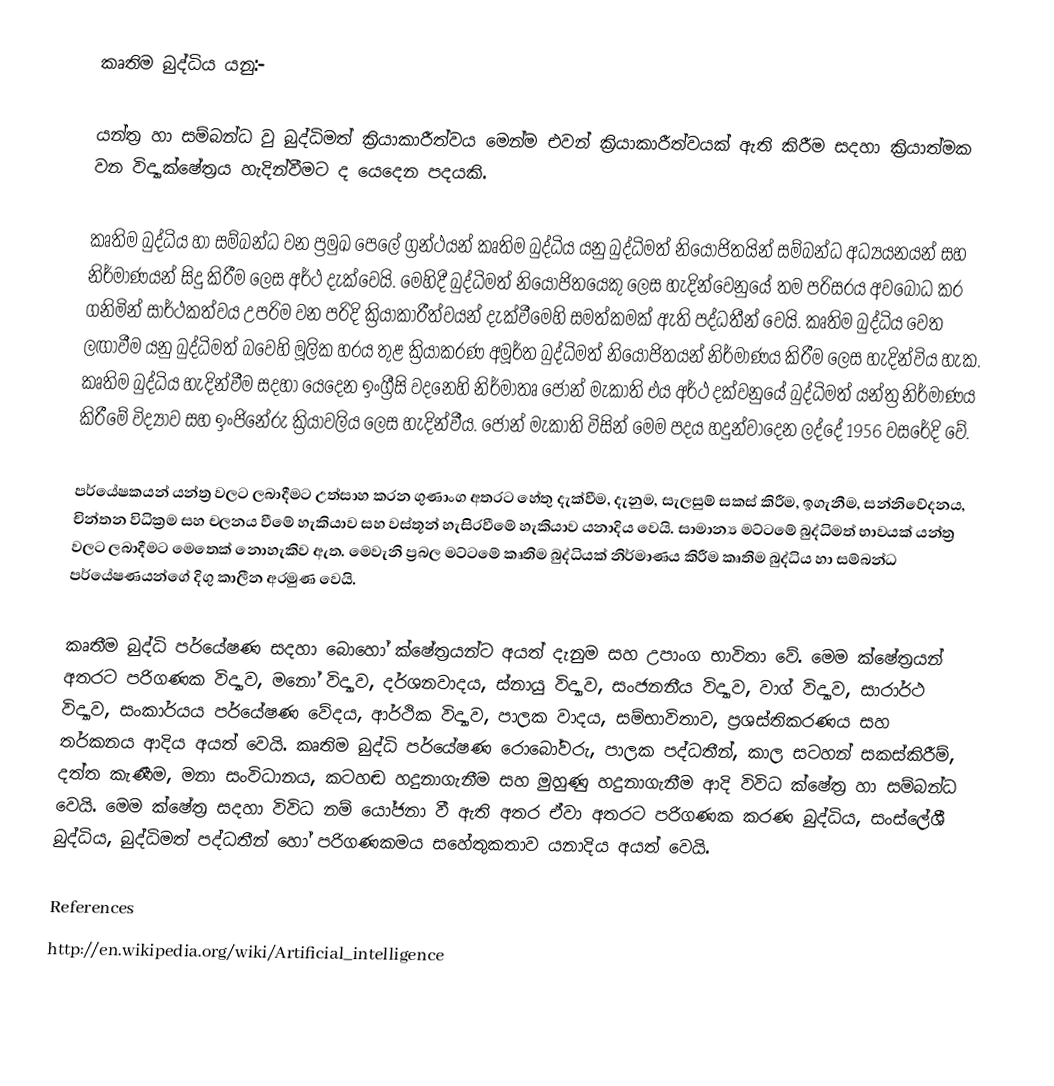
කෘතිම බුද්ධිය යනු:-

යන්ත්‍ර හා සම්බන්ධ වු බුද්ධිමත් ක්‍රියාකාරීත්වය මෙන්ම එවන් ක්‍රියාකාරීත්වයක් ඇති කිරීම සදහා ක්‍රියාත්මක වන විද්‍යා‍ක්ෂේත්‍රය හැදින්වීමට ද යෙදෙන පදයකි.

කෘතිම බුද්ධිය හා සම්බන්ධ වන ප්‍රමුඛ පෙලේ ග්‍රන්ථයන් කෘතිම බුද්ධිය යනු  බුද්ධිමත් නියෝජිතයින් සම්බන්ධ අධ්‍යයනයන්  සහ නිර්මාණයන් සිදු කිරීම ලෙස අර්ථ දැක්වෙයි. මෙහිදී බුද්ධිමත් නියෝජිතයෙකු ලෙස හැදින්වෙනුයේ තම පරිසරය අවබෝධ කර ගනිමින් සාර්ථකත්වය උපරිම වන පරිදි ක්‍රියාකාරීත්වයන් දැක්වීමෙහි සමත්කමක් ඇති පද්ධතීන් වෙයි. කෘතිම බුද්ධිය වෙත ලඟාවීම යනු බුද්ධිමත් බවෙහි මූලික හරය තුළ ක්‍රියාකරණ අමූර්ත බුද්ධිමත් නියෝජිතයන් නිර්මාණය කිරීම ලෙස හැදින්විය හැක. කෘතිම බුද්ධිය හැදින්වීම සදහා යෙදෙන ඉංග්‍රීසි වදනෙහි නිර්මාතෘ ජෝන් මැකාති එය අර්ථ දක්වනුයේ බුද්ධිමත් යන්ත්‍ර නිර්මාණය කිරීමේ විද්‍යාව සහ ඉංජිනේරු ක්‍රියාවලිය ලෙස හැදින්වීය. ජෝන් මැකාති විසින් මෙම පදය හදුන්වාදෙන ලද්දේ 1956 වසරේදි වේ.

පර්යේෂකයන් යන්ත්‍ර වලට ලබාදීමට උත්සාහ කරන ගුණාංග අතරට හේතු දැක්වීම, දැනුම, සැලසුම් සකස් කිරීම, ඉගැනීම, සන්නිවේදනය, චින්තන විධික්‍රම සහ චලනය වීමේ හැකියාව සහ වස්තූන් හැසිරවීමේ හැකියාව යනාදිය වෙයි. සාමාන්‍ය මට්ටමේ බුද්ධිමත් භාවයක් යන්ත්‍ර වලට ලබාදීමට මෙතෙක් නොහැකිව ඇත. මෙවැනි ප්‍රබල මට්ටමේ කෘතිම බුද්ධියක් නිර්මාණය කිරීම කෘතිම බුද්ධිය හා සම්බන්ධ පර්යේෂණයන්ගේ දිගු කාලීන අරමුණ වෙයි.

කෘතීම බුද්ධි පර්යේෂණ සදහා බොහෝ ක්ෂේත්‍රයන්ට අයත් දැනුම සහ උපාංග භාවිතා වේ. මෙම ක්ෂේත්‍රයන් අතරට පරිගණක විද්‍යාව, මනෝ විද්‍යාව, දර්ශනවාදය, ස්නායු විද්‍යාව, සංජනනීය විද්‍යාව, වාග් විද්‍යාව, සාරාර්ථ විද්‍යාව, සංකාර්යය පර්යේෂණ වේදය, ආර්ථික විද්‍යාව, පාලක වාදය, සම්භාවිතාව, ප්‍රශස්තිකරණය සහ තර්කනය ආදිය අයත් වෙයි. කෘතිම බුද්ධි පර්යේෂණ රොබෝවරු, පාලක පද්ධතීන්, කාල සටහන් සකස්කිරීම්, දත්ත කැණීම, මනා සංවිධානය, කටහඬ හදුනාගැනීම සහ මුහුණු හදුනාගැනීම ආදි විවිධ ක්ෂේත්‍ර හා සම්බන්ධ වෙයි. මෙම ක්ෂේත්‍ර සදහා විවිධ නම් යෝජනා වී ඇති අතර ඒවා අතරට පරිගණක කරණ බුද්ධිය, සංස්ලේශී බුද්ධිය, බුද්ධිමත් පද්ධතීන් හෝ පරිගණකමය සහේතුකතාව යනාදිය අයත් වෙයි.

References
http://en.wikipedia.org/wiki/Artificial_intelligence